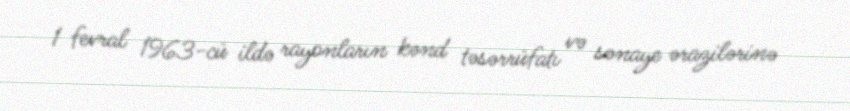
1 fevral 1963-cü ildə rayonların kənd təsərrüfatı və sənaye ərazilərinə